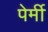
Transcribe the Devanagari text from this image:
पेर्मी